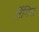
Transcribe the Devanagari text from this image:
रिंगित